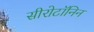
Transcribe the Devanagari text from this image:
सीरोटॉनिन